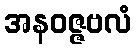
အနဝဇ္ဇဗလံ